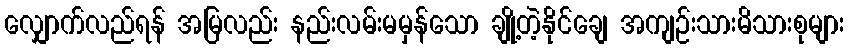
လျှောက်လည်ရန် အမြလည်း နည်းလမ်းမမှန်သော ချို့တဲ့နိုင်ချေ အကျဉ်းသားမိသားစုများ